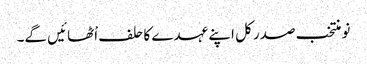
نو منتخب صدر کل اپنے عہدے کا حلف اْٹھائیں گے۔